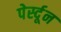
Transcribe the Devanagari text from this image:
पेर्स्दून